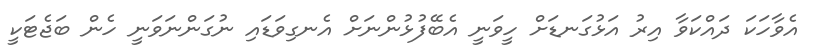
އެވާހަކަ ދައްކަވާ އިރު އަޅުގަނޑަށް ހީވަނީ އެބޭފުޅުންނަށް އެނގިވަޑައި ނުގަންނަވަނީ ހެން ބަޖެޓަކީ